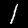
Label: 1